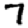
Digit: 7